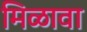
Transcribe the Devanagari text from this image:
मिळावा